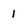
Character: 1